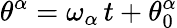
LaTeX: \theta^{\alpha}=\omega_{\alpha}\, t+\theta_{0}^{\alpha}